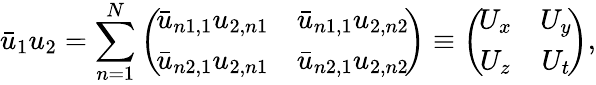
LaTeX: \bar{u}_{1}u_{2}=\sum_{n=1}^{N}\left(\! \begin{array}{cc}{{\bar{u}_{n1,1}u_{2,n1}}}&{{\bar{u}_{n1,1}u_{2,n2}}}\\ {{\bar{u}_{n2,1}u_{2,n1}}}&{{\bar{u}_{n2,1}u_{2,n2}}}\end{array}\! \right)\equiv\left(\! \begin{array}{cc}{{U_{x}}}&{{U_{y}}}\\ {{U_{z}}}&{{U_{t}}}\end{array}\! \right),